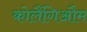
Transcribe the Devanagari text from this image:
कोलैंगिऔम